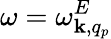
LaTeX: \omega=\omega_{{\mathbf k},q_{p}}^{E}